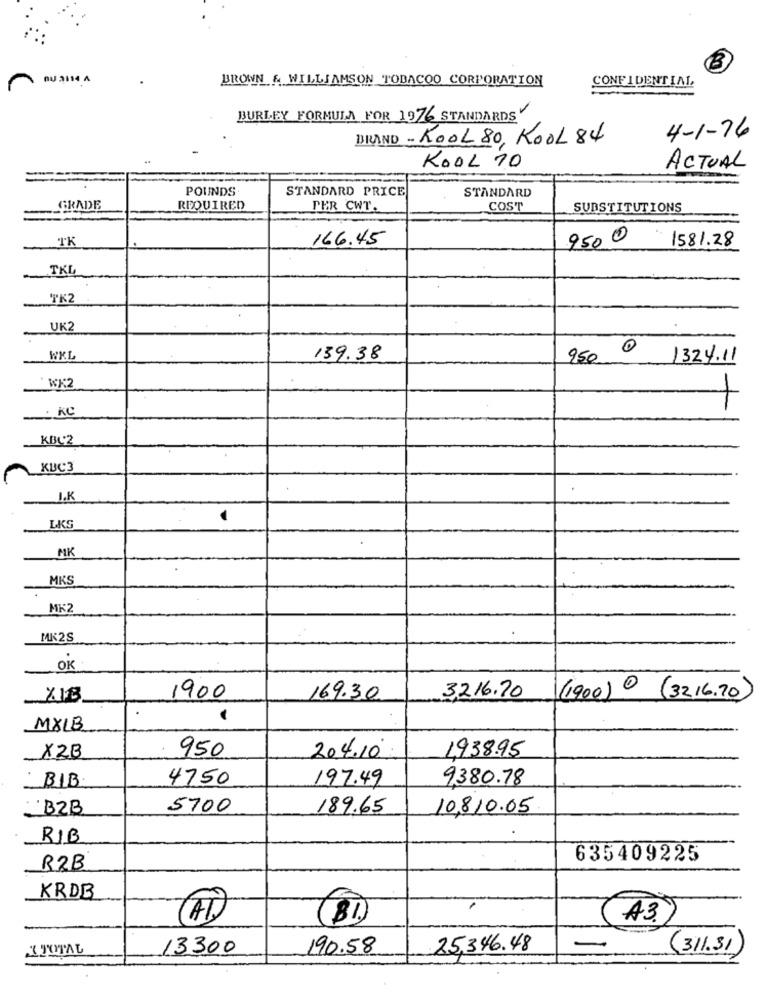
OU 2114 A
BROWN & WILLIAMSON TODACOO CORPORATION
CONFIDENTIAL
BURLEY FORMULA FOR 1976 STANDARDS
BRAND - KOOL 80, KOOL 84
4-1-76
KOOL 70
ACTUAL
POUNDS
STANDARD PRICE
STANDARD
GRADE
REQUIRED
PER CWT.
COST
SUBSTITUTIONS
TK
166.45
950 0
1581.28
TKL
TK2
UK
139.38
950
1324.11
WK2
. KC
KBC2
KBC3
I.K
LKS
MK
MKS
MK2
MK2S
OK
1900
169.30
3216.70
(1900) (32,16.70)
MXLB
950
X2B
204.10
1,938.95
BIB
4750
197.49
9380.78
B2B
5700
189.65
10,810.05
RIB
635409225
R2B
KRDB
A3.
ATOTAL
13300
190.58
25,346.48
-
(311.31